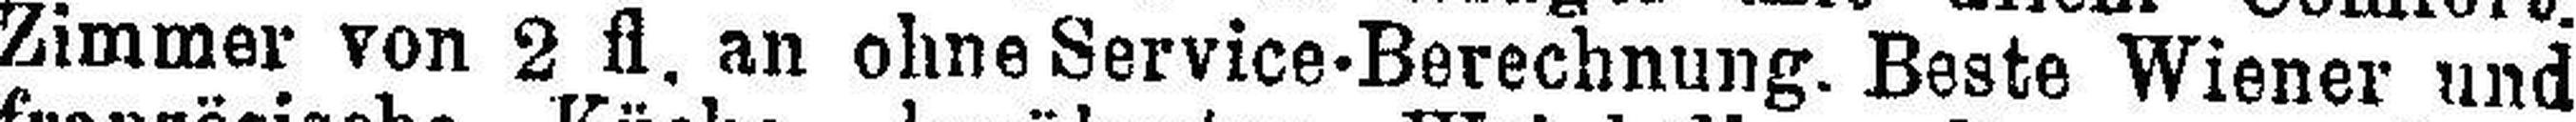
Zimmer von 2 fl. an ohne Service-Berechnung. Beste Wiener und